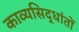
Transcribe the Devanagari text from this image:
काव्यसिद्धांतों